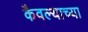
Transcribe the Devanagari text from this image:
कैवल्याच्या